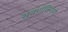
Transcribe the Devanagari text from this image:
सुवर्णकिरणे